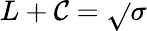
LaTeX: L+\mathcal{C}=\sqrt{}{{\sigma}}